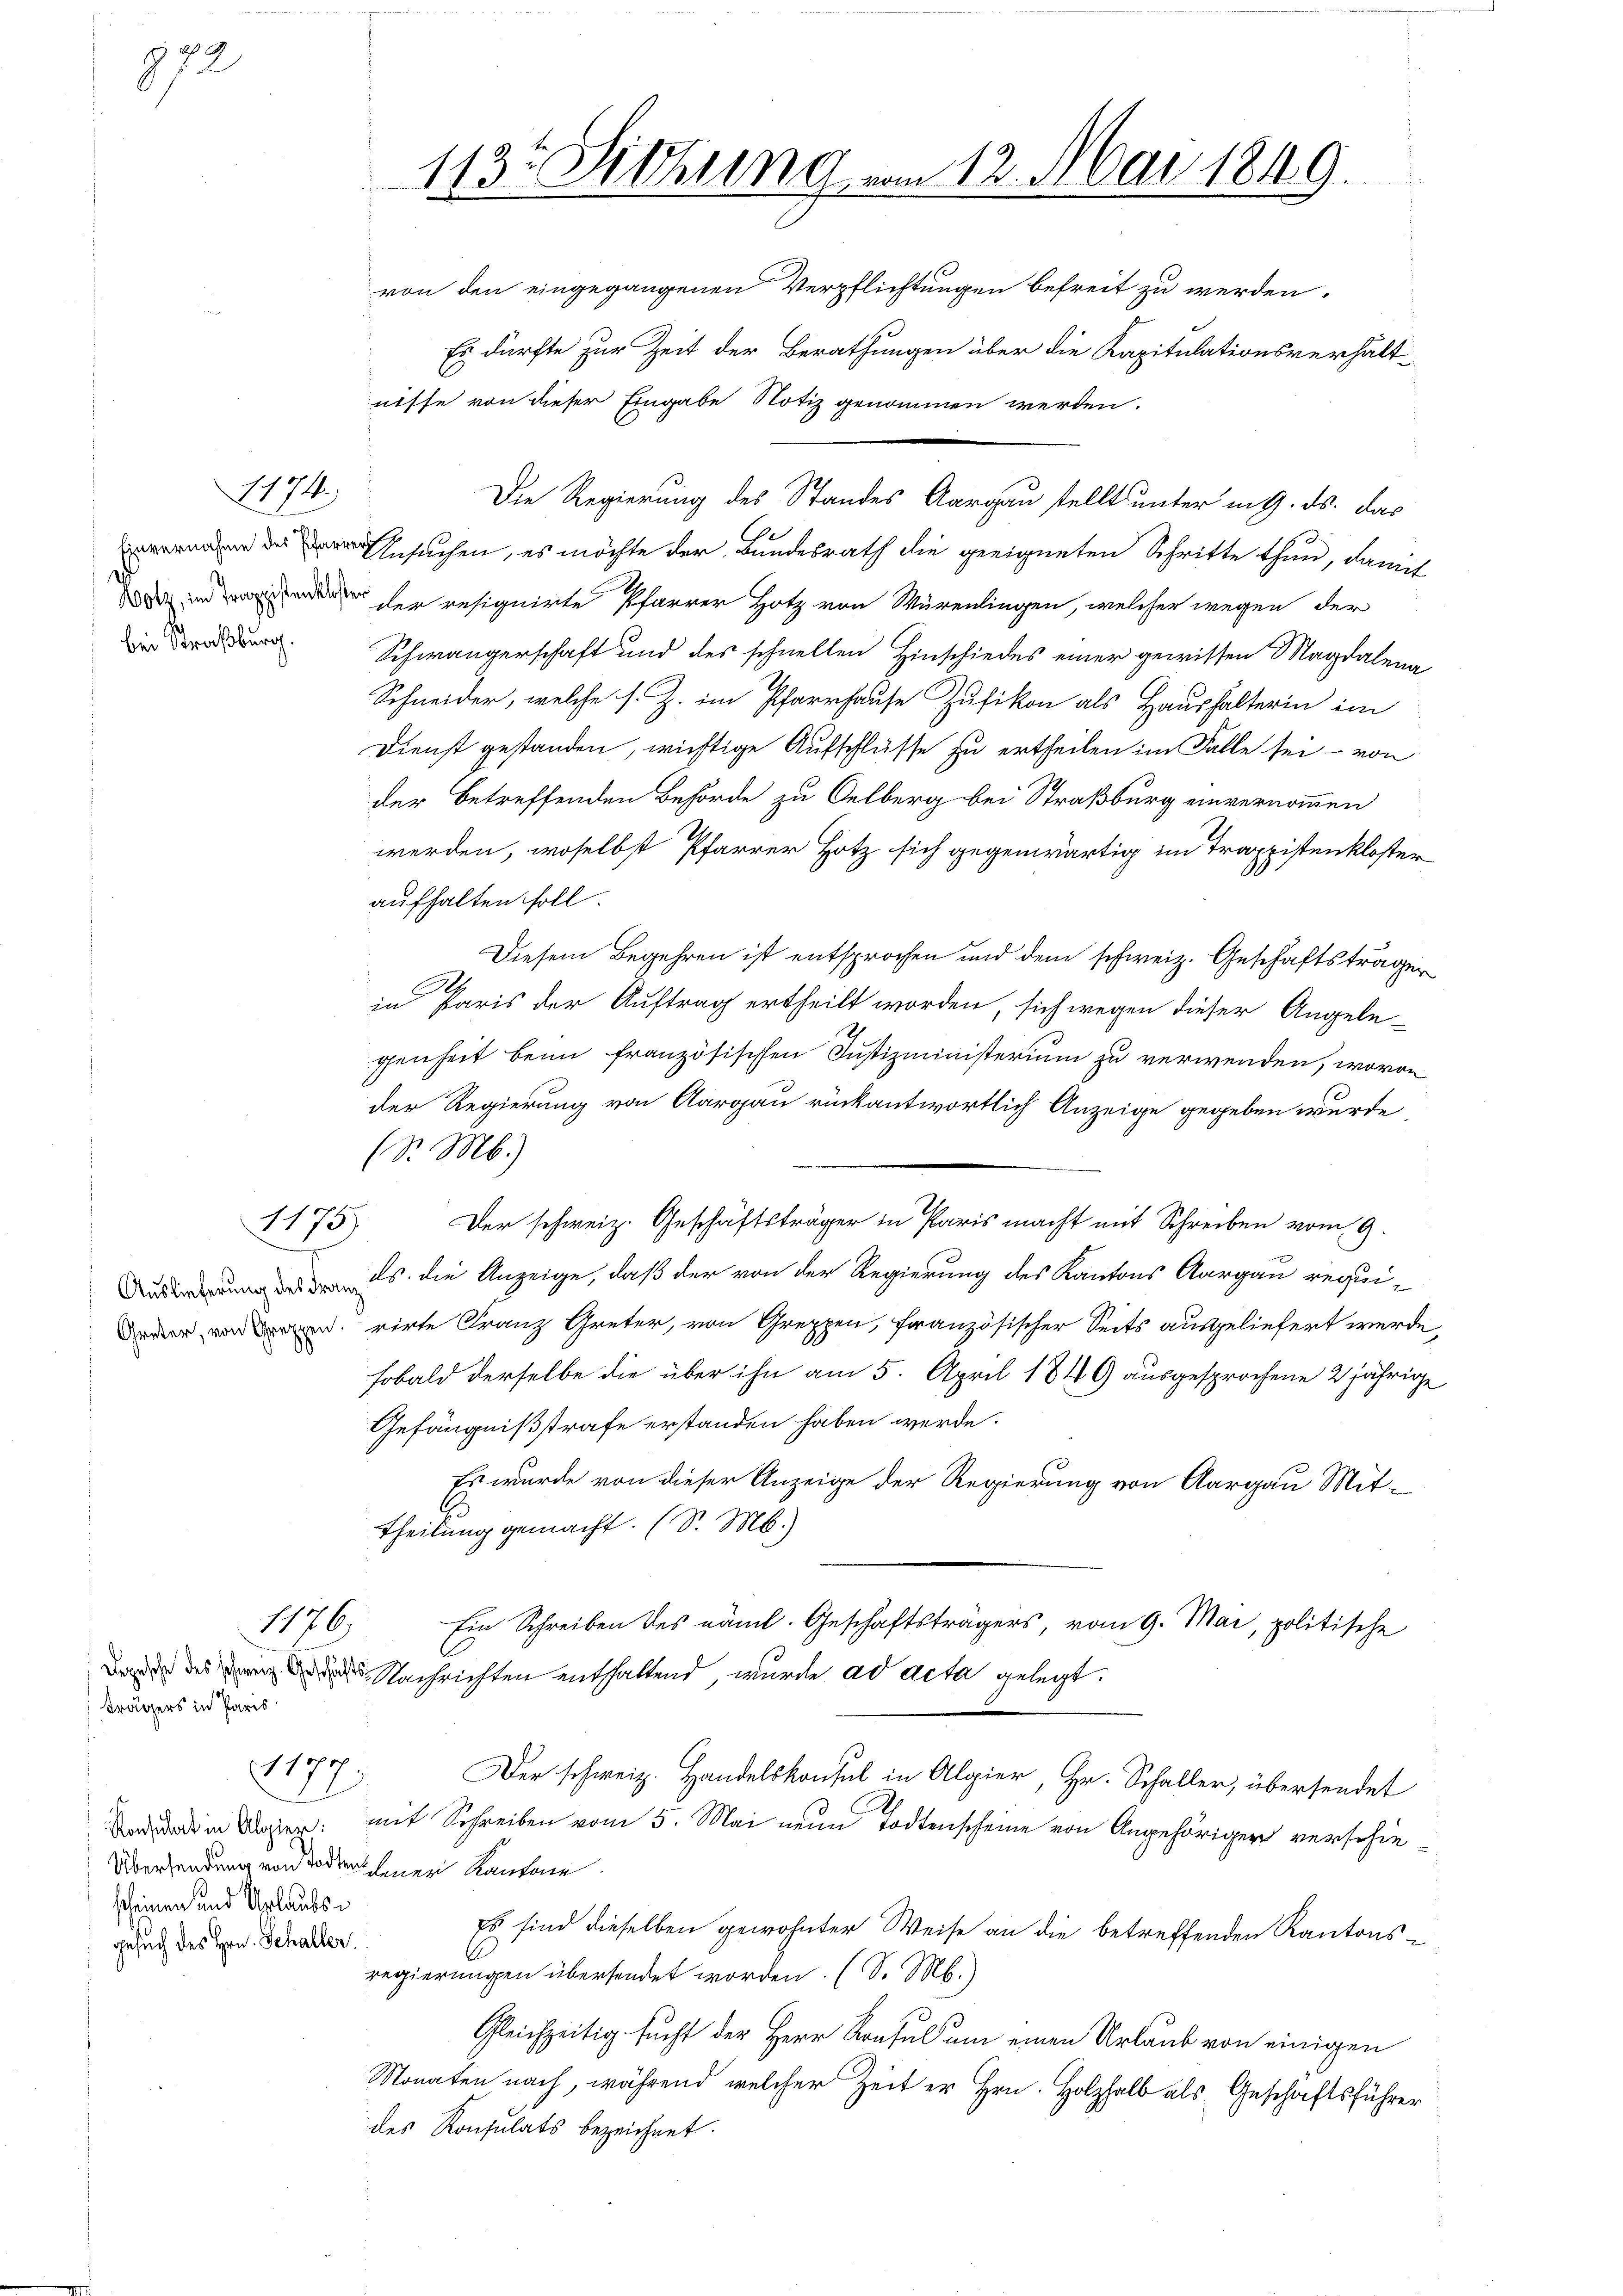
872

1174.

1173)

trägers in Paris

1126

scheinen und Urlaubs
gesuch des Hrn. Schaller.

1177

113. Sitzung vom 12. Mai 1849.

von den eingegangenen Verpflichtungen befreit zu werden.
Es dürfte zur Zeit der Berathungen über die Kapitulationsverhältnisse von dieser Eingabe Notiz genommen werden.
Die Regierung des Standes Aargau stellt unter in 9. ds. das
Ansuchen, es möchte der Bundesrath die geeigneten Schritte thun, damit
 der resignirte Pfarrer Hotz von Würenlingen, welcher wegen der
 Schwängerschaft und des schnellen Hinschiedes einer gewissen Magdalena
Schneider, welche s. Z. im Pfarrhause Zufikon als Haushalterin im
Dienst gestanden, wichtige Aufschlüsse zu ertheilen im Falle sei - von
der betreffenden Behörde zu Oelberg bei Straßburg einvernommen
U.
werden, woselbst Pfarrer Hotz sich gegenwärtig im Traxpistenkloster
aufhalten soll.
Diesem Begehren ist entsprochen und dem schweiz. Geschäftsträger
in Paris der Auftrag ertheilt worden, sich wegen dieser Angelegenheit beim französischen Justizministerium zu verwenden, wovon
der Regierung von Aargau rückantwortlich Anzeige gegeben wurde,
(Sr. M.)
Der schweiz. Geschäftsträger in Paris macht mit Schreiben vom 9.
 es die Anzeige, daß der von der Regierung des Kantons Aargau requidder verirte Franz Greter, von Greppen, französischer Seits ausgeliefert werde
sobald derselbe die über ihn am 5. April 1849 ausgesprochene 2 jährige
Gefängnißstrafe erstanden haben werde.
Es wurde von dieser Anzeige der Regierung von Aargau Mit-
.
Theilung gemacht. (S. M.)
Ein Schreiben des näml. Geschäftsträgers, vom 9. Mai, politische
Da des Nachrichten enthaltend, wurde ad acta gelegt.
Der schweiz. Handelskonsul in Algier, Hr. Schaller, übersendet
d d in Wagen: mit Schreiben vom 5. Mai neun Todtenscheine von Angehöriger verschie
Übersendung von Tode einer Kantone
Es sind dieselben gewohnter Weise an die betreffenden Kantonsregierungen übersendet worden. (S. M.)
Gleichzeitig sucht der Herr Konsul um einen Urlaub von einigen
Monaten nach, während welcher Zeit er Hrn. Holzhalb als Geschäftsführer
des Konsulats bezeichnet.